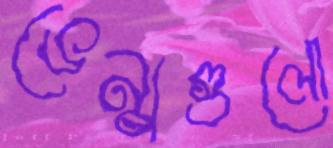
ভেন্যুগুলো